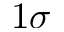
1 \sigma